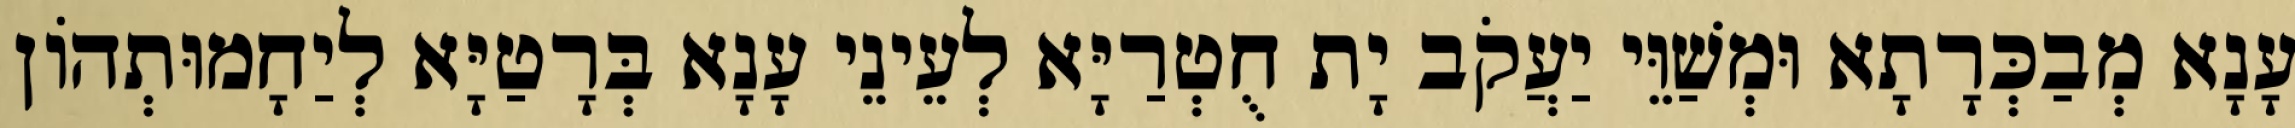
עָנָא מְבַכְּרָתָא וּמְשַׁוֵּי יַעֲקֹב יָת חֻטְרַיָּא לְעֵינֵי עָנָא בְּרָטַיָּא לְיַחָמוּתְהוֹן